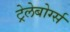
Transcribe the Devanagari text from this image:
ट्रेलेबोर्ग्स